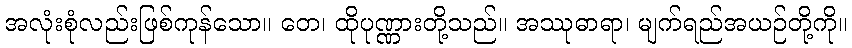
အလုံးစုံလည်းဖြစ်ကုန်သော။ တေ၊ ထိုပုဏ္ဏားတို့သည်။ အဿုဓာရာ၊ မျက်ရည်အယဉ်တို့ကို။